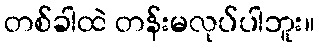
တစ်ခါထဲ တန်းမလုပ်ပါဘူး။